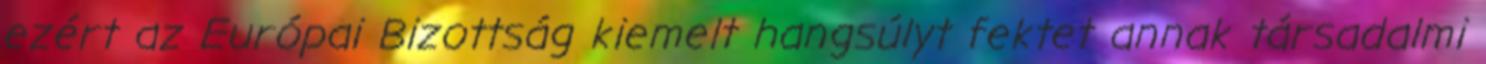
ezért az Európai Bizottság kiemelt hangsúlyt fektet annak társadalmi